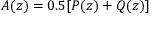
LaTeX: A ( z ) = 0 . 5 [ P ( z ) + Q ( z ) ]